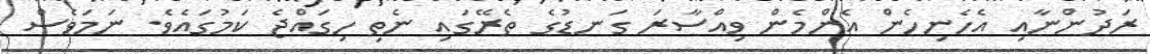
ރަދުންނާއި އެހެނިހެން އެންމެން ވިއްސާރަ ގަނޑުގެ ތެރޭގައި ނެތި ހިގައްޖެ ކަމުގައެވެ. ނަމަވެސް